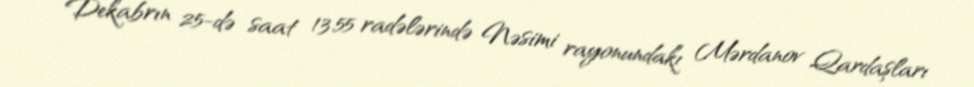
Dekabrın 25-də saat 13.55 radələrində Nəsimi rayonundakı Mərdanov Qardaşları